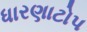
ધારણાટોપ